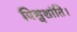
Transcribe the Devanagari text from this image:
विश्वशांति।